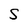
Character: S